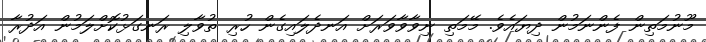
މޫނުމަތިން ފެންނަމުން ދިޔައެވެ. މޭމަތި ނިވާވާވަރަށް އަނދެލައިގެން ހުރި ތުވާލި ރަނގަޅުކޮށްލަމުން އަދުރާ